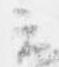
云